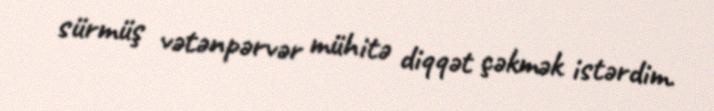
sürmüş vətənpərvər mühitə diqqət çəkmək istərdim.